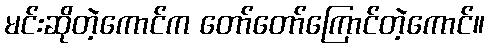
မင်းဆိုတဲ့ကောင်က တော်တော်ကြောင်တဲ့ကောင်။